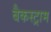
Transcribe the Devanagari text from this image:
बैकस्ट्राम